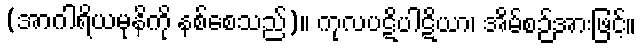
(အာဂါရိယမုနိကို နစ်စေသည်)။ ကုလပဋိပါဋိယာ၊ အိမ်စဉ်အားဖြင့်။